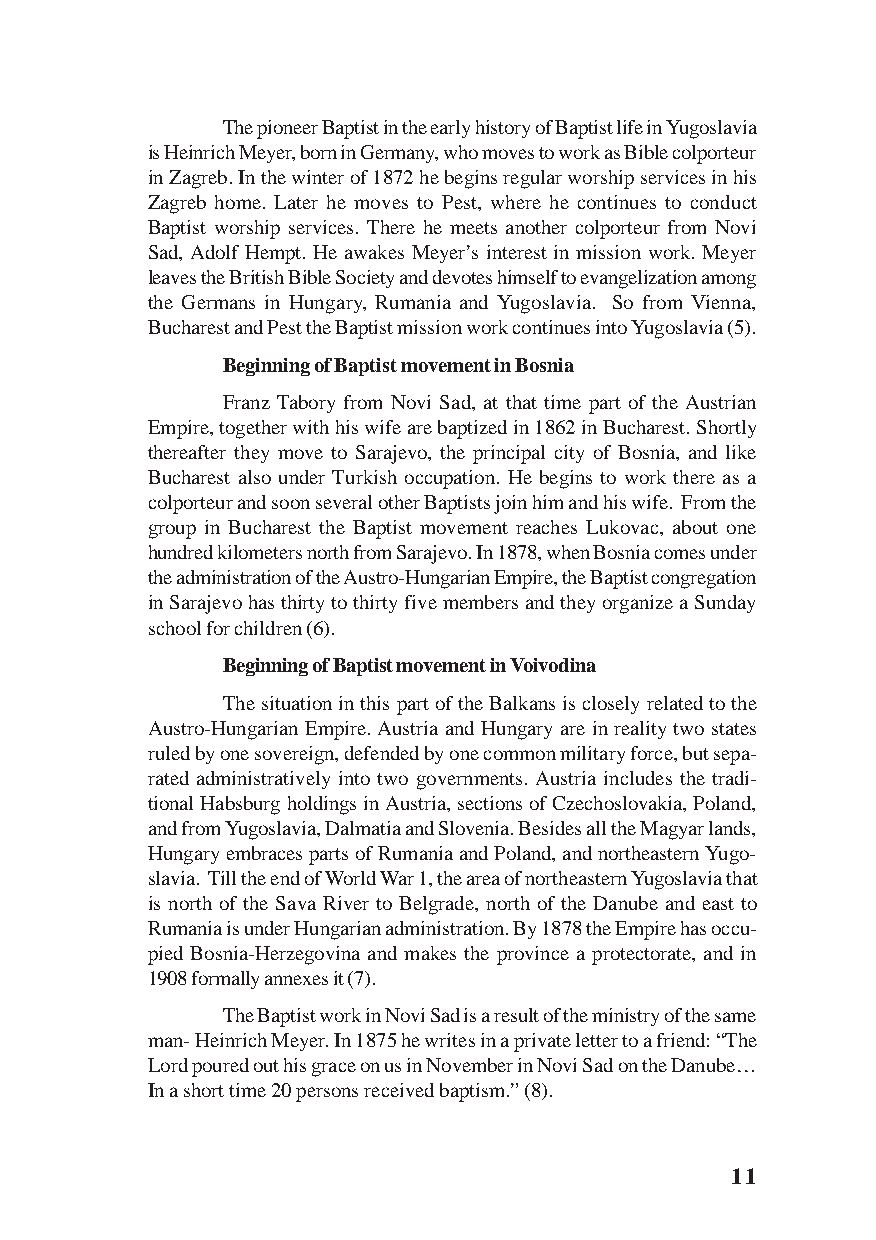
The pioneer Baptist in the early history of Baptist life in Yugoslavia
 is Heinrich Meyer, born in Germany, who moves to work as Bible colporteur
 in Zagreb. In the winter of 1872 he begins regular worship services in his
 Zagreb home. Later he moves to Pest, where he continues to conduct
 Baptist worship services. There he meets another colporteur from Novi
 Sad, Adolf Hempt. He awakes Meyer’s interest in mission work. Meyer
 leaves the British Bible Society and devotes himself to evangelization among
 the Germans in Hungary, Rumania and Yugoslavia. So from Vienna,
 Bucharest and Pest the Baptist mission work continues into Yugoslavia (5).
 Beginning of Baptist movement in Bosnia
 Franz Tabory from Novi Sad, at that time part of the Austrian
 Empire, together with his wife are baptized in 1862 in Bucharest. Shortly
 thereafter they move to Sarajevo, the principal city of Bosnia, and like
 Bucharest also under Turkish occupation. He begins to work there as a
 colporteur and soon several other Baptists join him and his wife. From the
 group in Bucharest the Baptist movement reaches Lukovac, about one
 hundred kilometers north from Sarajevo. In 1878, when Bosnia comes under
 the administration of the Austro-Hungarian Empire, the Baptist congregation
 in Sarajevo has thirty to thirty five members and they organize a Sunday
 school for children (6).
 Beginning of Baptist movement in Voivodina
 The situation in this part of the Balkans is closely related to the
 Austro-Hungarian Empire. Austria and Hungary are in reality two states
 ruled by one sovereign, defended by one common military force, but sepa-
 rated administratively into two governments. Austria includes the tradi-
 tional Habsburg holdings in Austria, sections of Czechoslovakia, Poland,
 and from Yugoslavia, Dalmatia and Slovenia. Besides all the Magyar lands,
 Hungary embraces parts of Rumania and Poland, and northeastern Yugo-
 slavia. Till the end of World War 1, the area of northeastern Yugoslavia that
 is north of the Sava River to Belgrade, north of the Danube and east to
 Rumania is under Hungarian administration. By 1878 the Empire has occu-
 pied Bosnia-Herzegovina and makes the province a protectorate, and in
 1908 formally annexes it (7).
 The Baptist work in Novi Sad is a result of the ministry of the same
 man- Heinrich Meyer. In 1875 he writes in a private letter to a friend: “The
 Lord poured out his grace on us in November in Novi Sad on the Danube…
 In a short time 20 persons received baptism.” (8).
 11